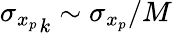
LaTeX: {\sigma_{x_{p}}}_{k}\sim\sigma_{x_{p}}/M